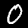
Digit: 0